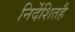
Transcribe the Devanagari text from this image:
निर्देशितहै